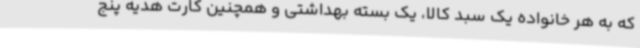
که به هر خانواده یک سبد کالا، یک بسته بهداشتی و همچنین کارت هدیه پنج